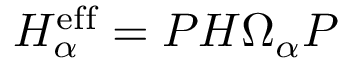
H _ { \alpha } ^ { \mathrm { e f f } } = P H \Omega _ { \alpha } P